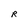
Character: R